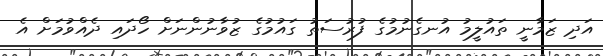
އަދި ޒަމާނީ ތައުލީމު އުނގެނުމުގެ ފުރުސަތު ގައުމުގެ ޒުވާނުންނަށް ހޯދައި ދެއްވުމަށް އެ